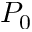
P _ { 0 }